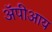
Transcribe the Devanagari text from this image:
ॲपीआय